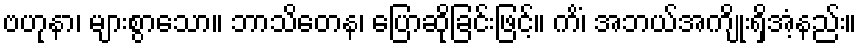
ဗဟုနာ၊ များစွာသော။ ဘာသိတေန၊ ပြောဆိုခြင်းဖြင့်။ ကိံ၊ အဘယ်အကျိုးရှိအံ့နည်း။